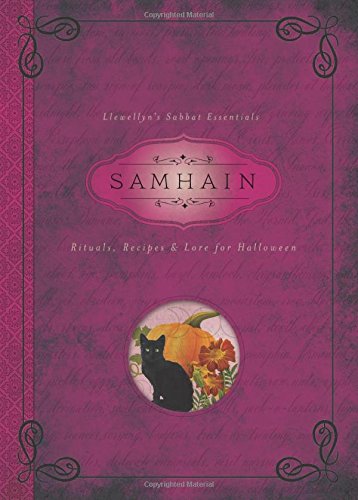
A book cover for Samhain: Rituals, Recipes & Lore for Halloween (Llewellyn's Sabbat Essentials); Llewellyn; Religion & Spirituality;